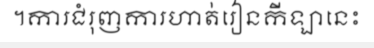
។ការជំរុញការហាត់រៀនកីឡានេះ